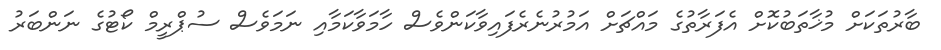
ބާރުތަކަށް މުޚާތަބުކޮށް އެފަރާތުގެ މައްޗަށް އަމުރުނެރެފައިވާކަންވެސް ހާމަވާކަމާއި ނަމަވެސް ސުޕްރީމް ކޯޓުގެ ނަންބަރު